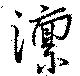
澟